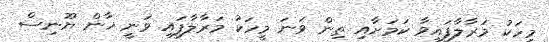
މީހަކު މަރާލާފައިވާ ކަމަށާއި ތިން ވަނަ މީހަކު މަރާލާފައި ވަނީ ޚާން ޔޫނިސް